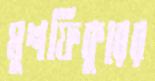
মুশফিকুরের